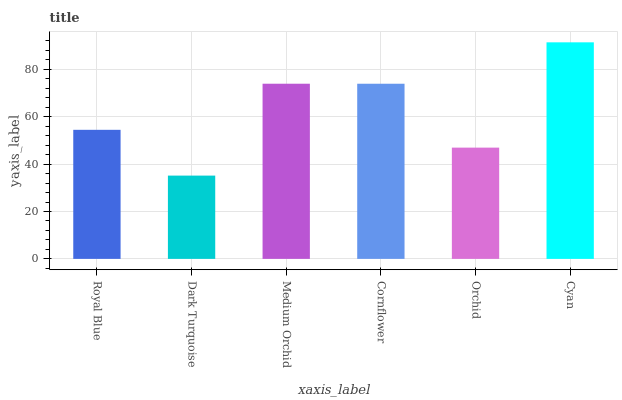
| xaxis_label | bars |
 | --- | --- |
 | Royal Blue | 54.5 |
 | Dark Turquoise | 35.1 |
 | Medium Orchid | 73.9 |
 | Cornflower | 73.9 |
 | Orchid | 47 |
 | Cyan | 91.4 |